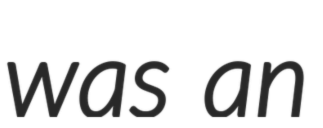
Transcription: was an